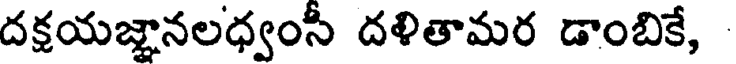
దక్షయజ్ఞానలధ్వంసీ దళితామర డాంబికే,